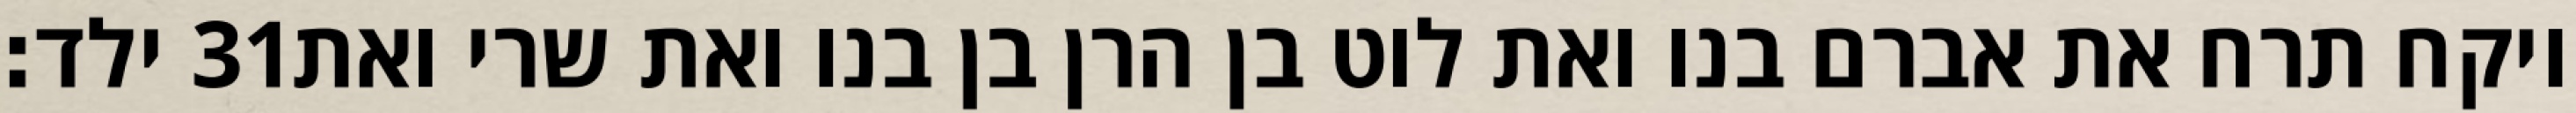
ילד׃ ‎31‏ ויקח תרח את אברם בנו ואת לוט בן הרן בן בנו ואת שרי ואת